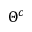
\Theta ^ { c }